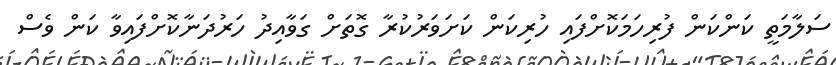
ސަލާމަތީ ކަންކަން ފުރިހަމަކޮށްފައި ހުރިކަން ކަށަވަރުކުރާ ގޮތަށް ގަވާއިދު ހަރުދަނާކޮށްފައިވާ ކަން ވެސް